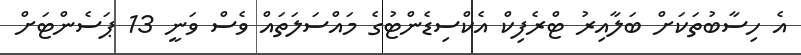
އެ ހިސާބުތަކަށް ބަލާއިރު ޓްރެފިކް އެކްސިޑެންޓުގެ މައްސަލަތައް ވެސް ވަނީ 13 ޕަސެންޓަށް